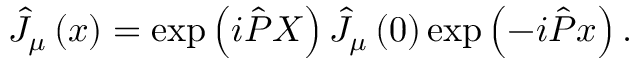
\hat { J } _ { \mu } \left( x \right) = \exp \left( i \hat { P } X \right) \hat { J } _ { \mu } \left( 0 \right) \exp \left( - i \hat { P } x \right) .